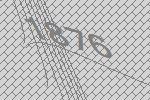
1876